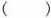
()